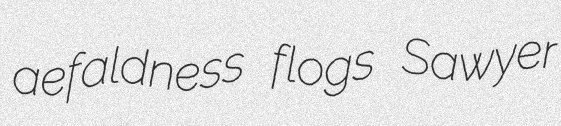
aefaldness flogs Sawyer